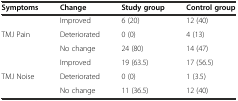
| Symptoms | Change | Study group | Control group |
 | --- | --- | --- | --- |
 |  | Improved | 6 (20) | 12 (40) |
 | TMJ Pain | Deteriorated | 0 (0) | 4 (13) |
 |  | No change | 24 (80) | 14 (47) |
 |  | Improved | 19 (63.5) | 17 (56.5) |
 | TMJ Noise | Deteriorated | 0 (0) | 1 (3.5) |
 |  | No change | 11 (36.5) | 12 (40) |